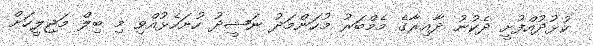
ކުޅުދުއްފުށީ ދެކުނު ދާއިރާގެ މެމްބަރު މުހަންމަދު ނަޝީދު ހުށަހެޅުއްވި މި ބިލް މަޖިލީހަށް